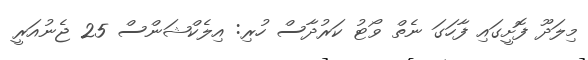
މިލަދޫ ފޮށީގައި ފާހަގަ ނެތް ވޯޓު ކަރުދާސް ހުރި: އިލެކްޝަންސް 25 ޖެނުއަރީ